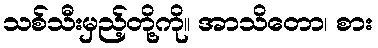
သစ်သီးမှည့်တို့ကို။ အာသိတော၊ စား